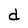
Character: d